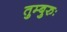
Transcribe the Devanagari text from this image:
तुम्बुरुः